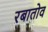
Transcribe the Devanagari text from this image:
रबातोव